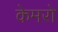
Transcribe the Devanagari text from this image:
केमरो